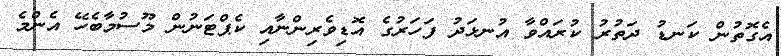
އެގޮތުން ކަނޑު ދަތުރު ކުރައްވާ އުނޅަދު ފަހަރުގެ އޮޑިވެރިންނާއި ކެޕްޓަނުން މޫސުމާބެހޭ އެންމެ